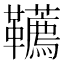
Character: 韉